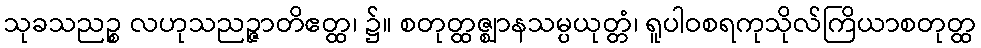
သုခသညဉ္စ လဟုသညဉ္ဇာတိဧတ္ထ၊ ၌။ စတုတ္ထဇ္ဈာနသမ္ပယုတ္တံ၊ ရူပါဝစရကုသိုလ်ကြိယာစတုတ္ထ